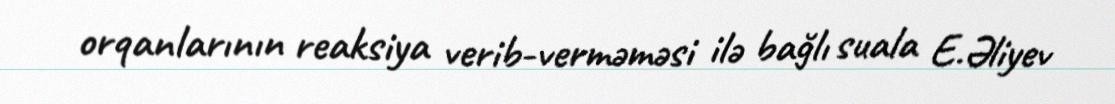
orqanlarının reaksiya verib-verməməsi ilə bağlı suala E.Əliyev